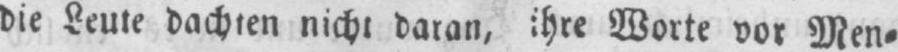
die Leute dachten nicht daran, ihre Worte vor Men⸗